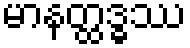
မာနတ္ထဒ္ဓဿ